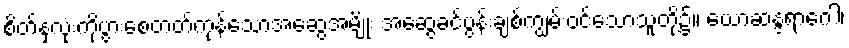
စိတ်နှလုံးကိုပွားစေတတ်ကုန်သောအဆွေအမျိုး အဆွေခင်ပွန်းချစ်ကျွမ်းဝင်သောသူတို့၌။ ယောဆန္ဒရာဂေါ၊